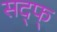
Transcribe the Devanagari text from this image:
सद्फ्